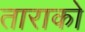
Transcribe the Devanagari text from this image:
ताराको